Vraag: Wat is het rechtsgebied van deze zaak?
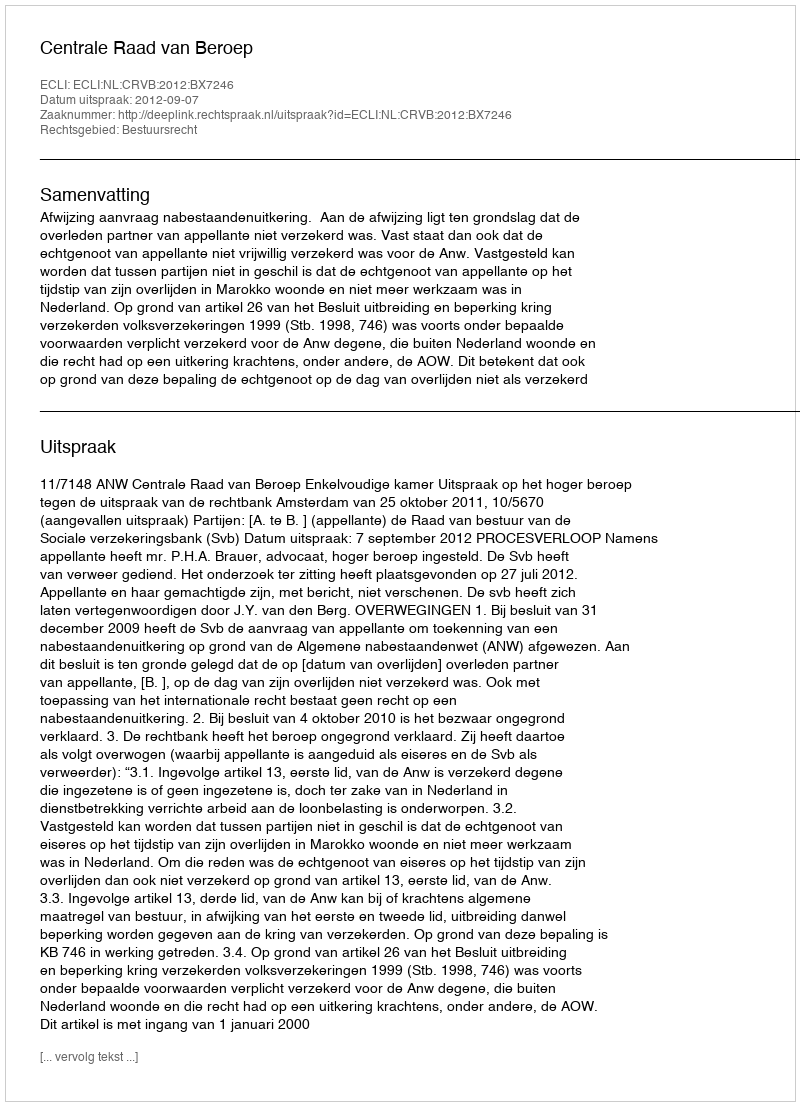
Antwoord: Bestuursrecht